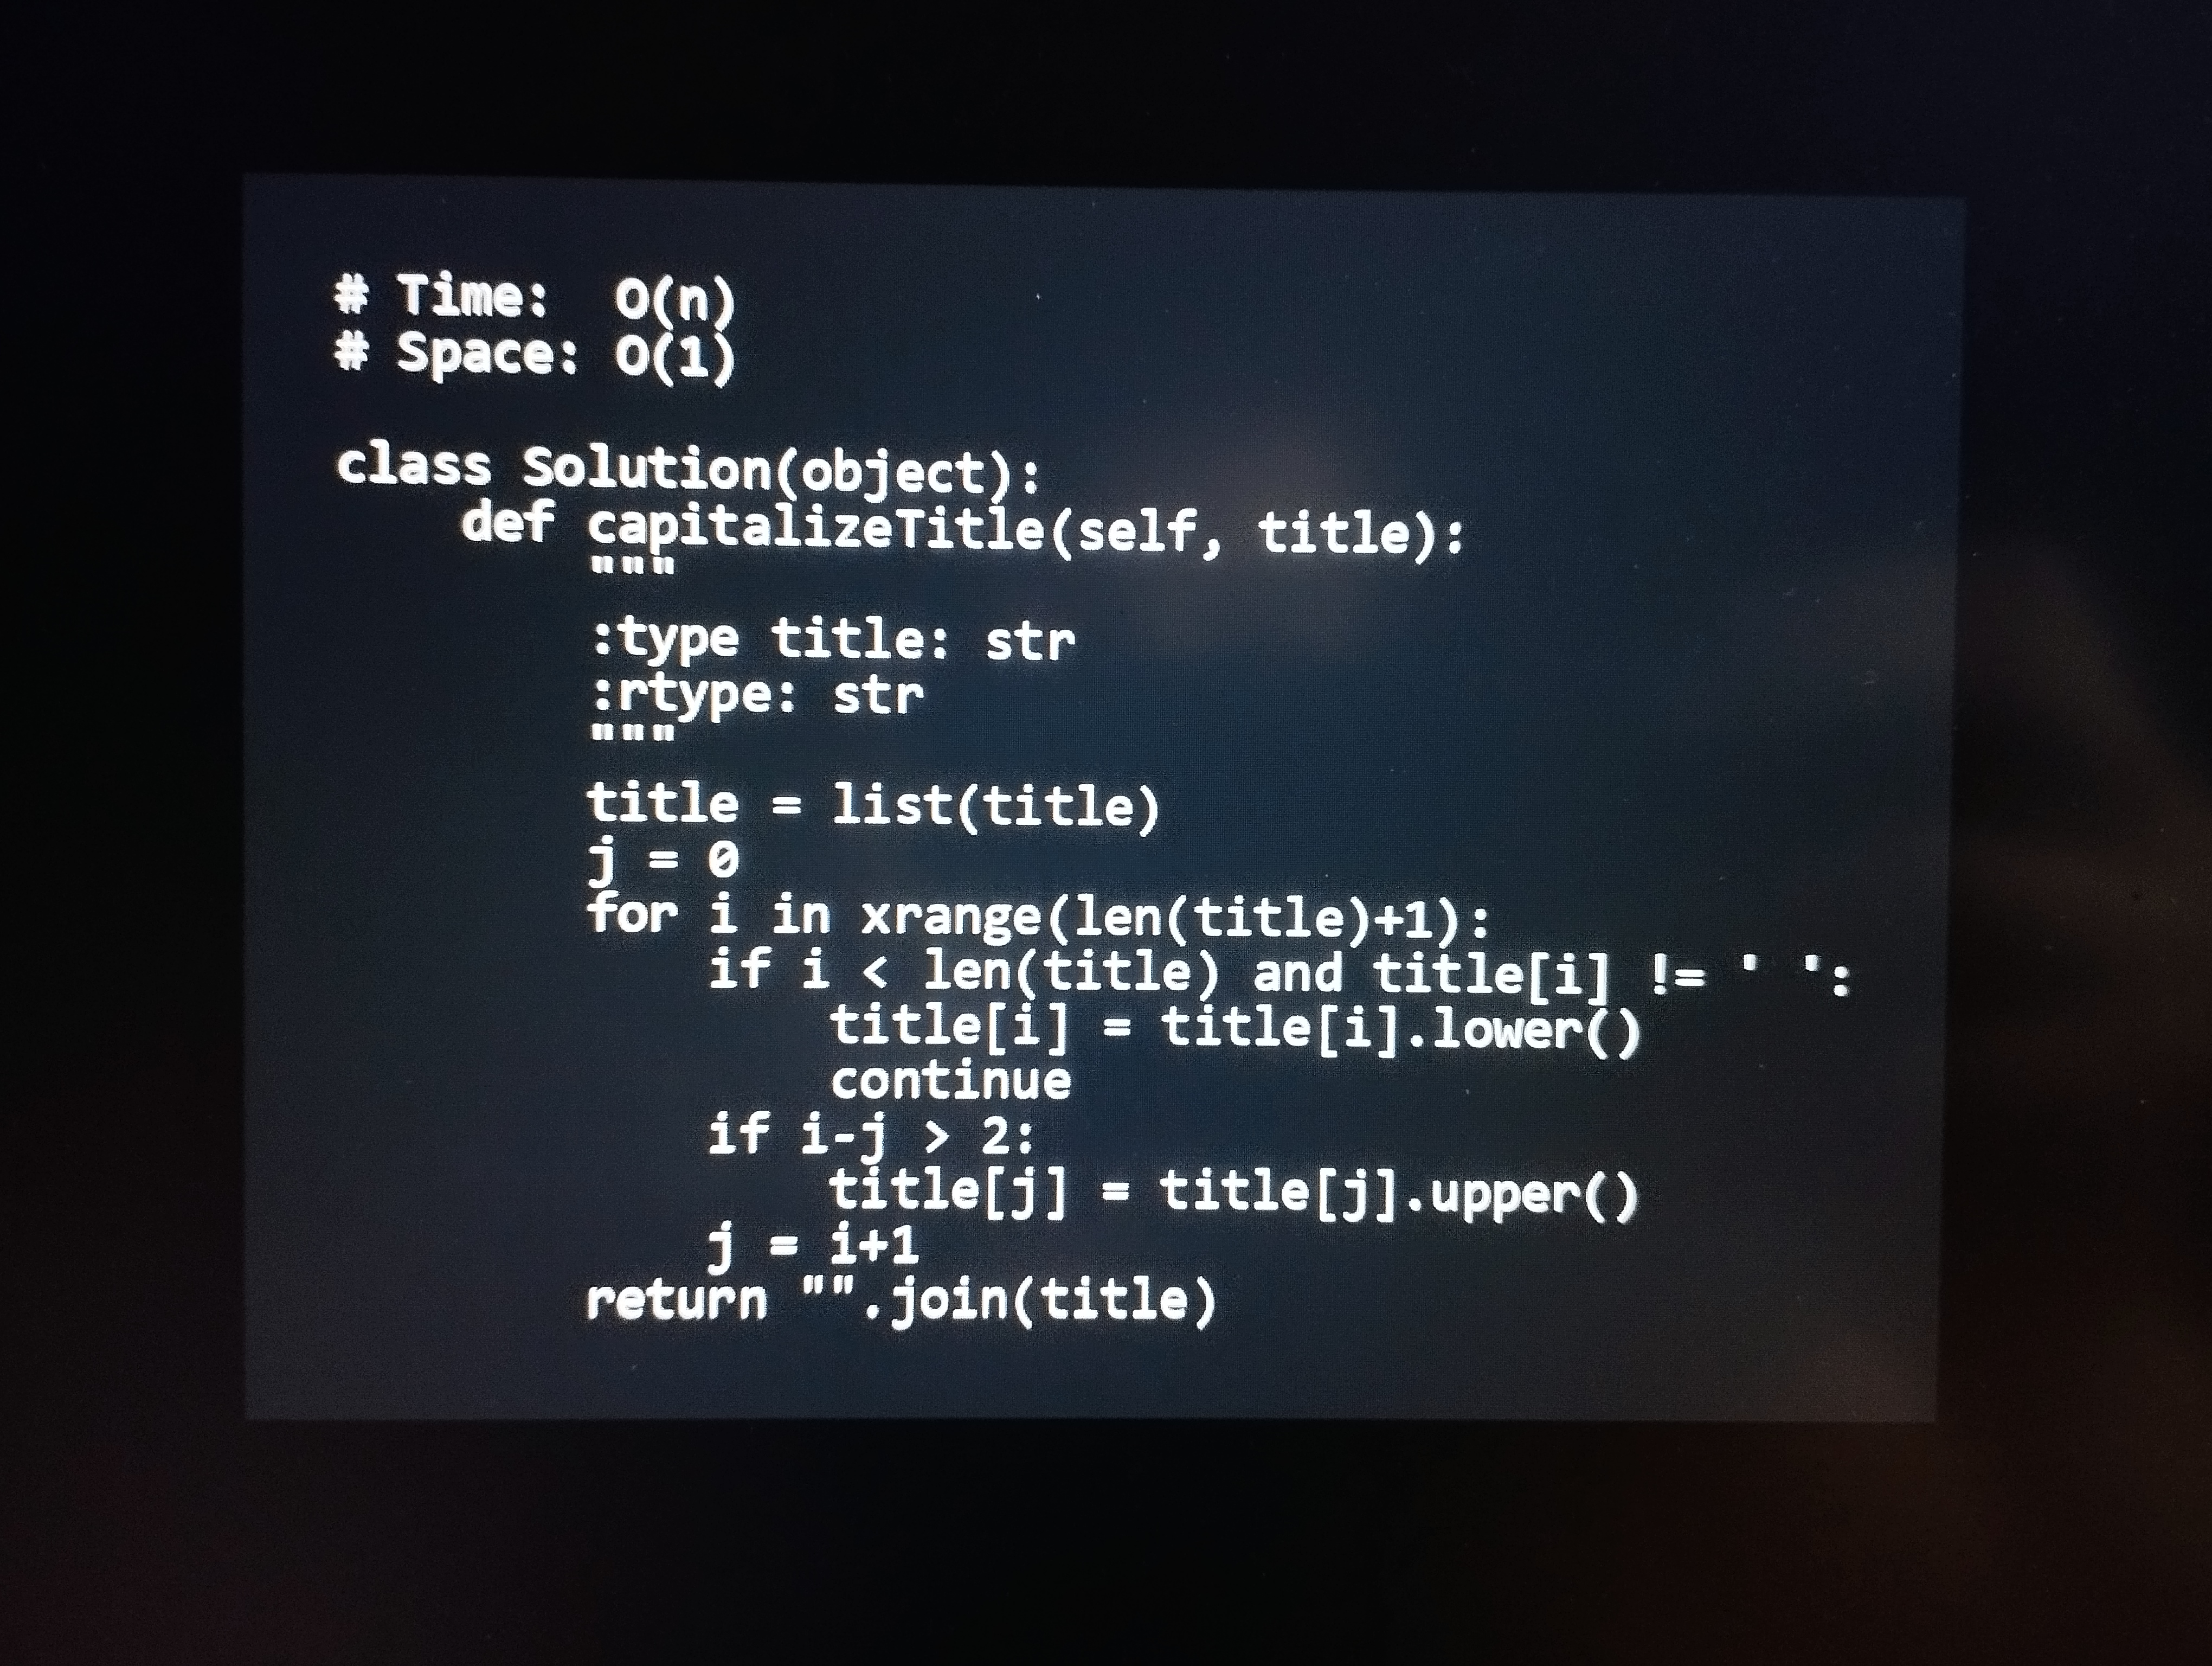
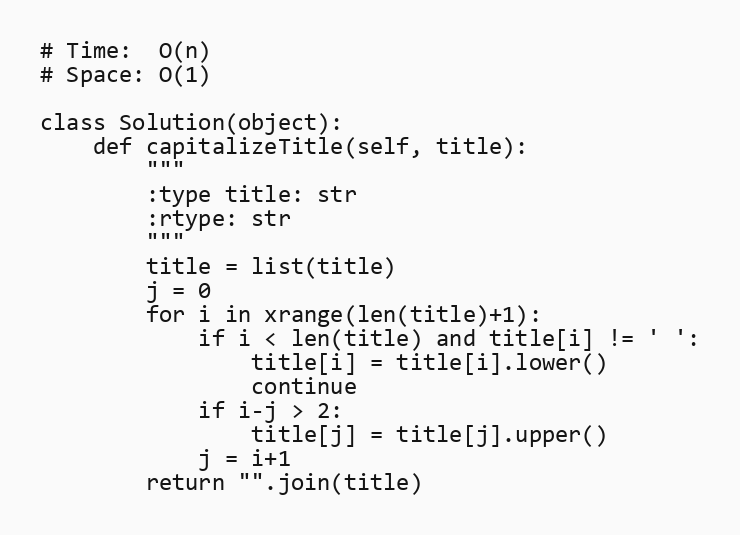
# Time:  O(n)
# Space: O(1)

class Solution(object):
    def capitalizeTitle(self, title):
        """
        :type title: str
        :rtype: str
        """
        title = list(title)
        j = 0
        for i in xrange(len(title)+1):
            if i < len(title) and title[i] != ' ':
                title[i] = title[i].lower()
                continue
            if i-j > 2:
                title[j] = title[j].upper()
            j = i+1
        return "".join(title)